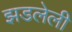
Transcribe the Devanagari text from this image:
झडलेली